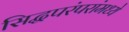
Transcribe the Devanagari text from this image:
सिद्धपरंपरांमध्ये